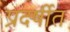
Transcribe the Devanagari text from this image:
प्रदर्षीत